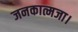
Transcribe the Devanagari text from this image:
जनकात्मजा।